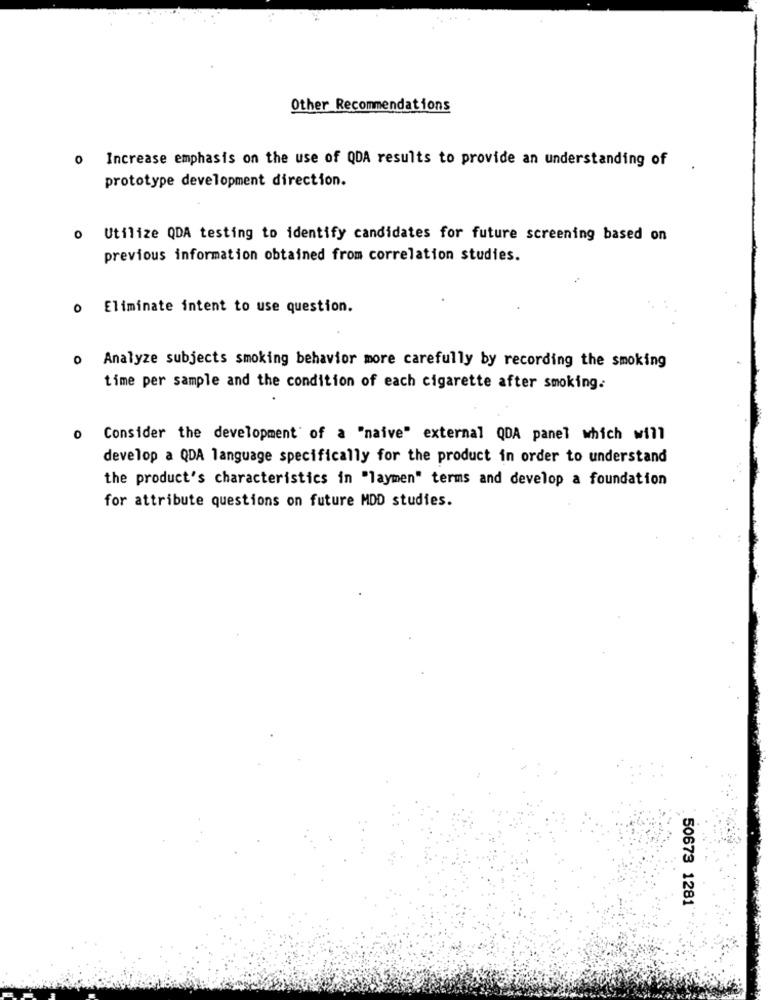
Other Recommendations
0 Increase emphasis on the use of QDA results to provide an understanding of
prototype development direction.
o Utilize QDA testing to identify candidates for future screening based on
previous information obtained from correlation studies.
Eliminate intent to use question.
Analyze subjects smoking behavior more carefully by recording the smoking
time per sample and the condition of each cigarette after smoking.
Consider the development of a "naive" external QDA panel which will
develop a QDA language specifically for the product in order to understand
the product's characteristics in "laymen" terms and develop a foundation
for attribute questions on future MDD studies.
50673 1281